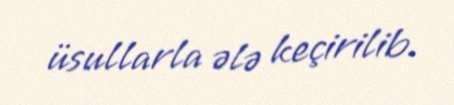
üsullarla ələ keçirilib.